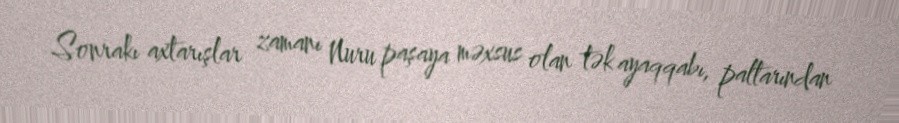
Sonrakı axtarışlar zamanı Nuru paşaya məxsus olan tək ayaqqabı, paltarından